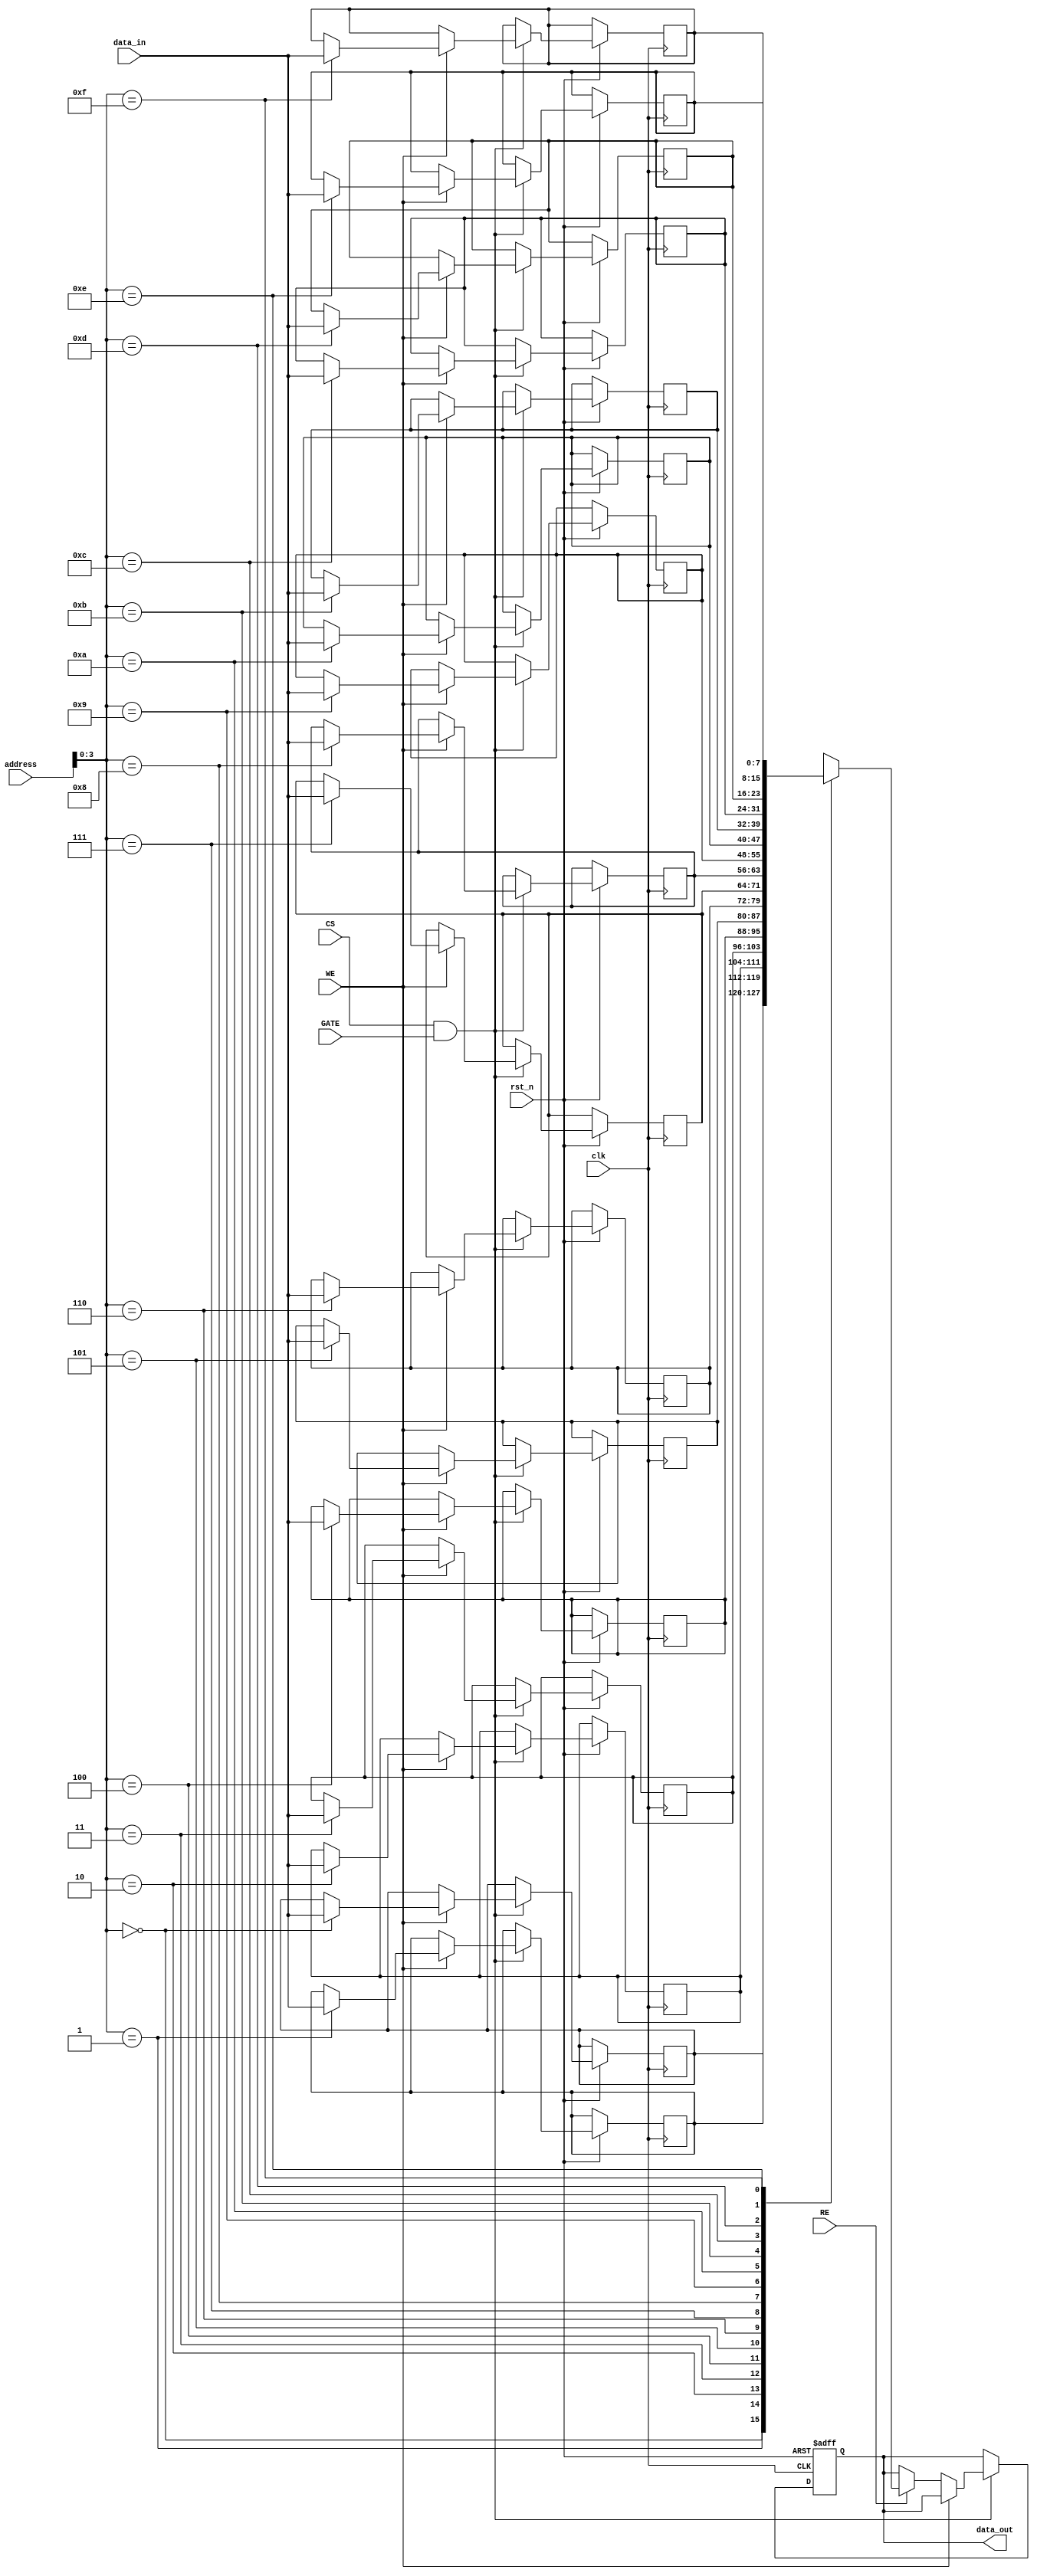
module memory_block (
    input wire clk,                // Clock signal
    input wire rst_n,              // Active low reset
    input wire [7:0] address,      // Address input (8-bit for example)
    input wire [7:0] data_in,      // Data input for write operations
    output reg [7:0] data_out,     // Data output for read operations
    input wire RE,                 // Read Enable
    input wire WE,                 // Write Enable
    input wire CS,                 // Chip Select
    input wire GATE                // Gating Signal
);

    // Memory array (16x8 bits for example)
    reg [7:0] memory [0:15];       // 16 memory cells, each 8 bits wide

    // Gating logic
    wire enable_memory;
    assign enable_memory = CS & GATE;

    // Address decoding and memory access
    always @(posedge clk or negedge rst_n) begin
        if (!rst_n) begin
            data_out <= 8'b0; // Reset data output
        end else if (enable_memory) begin
            if (WE) begin
                // Write operation
                memory[address] <= data_in;
            end else if (RE) begin
                // Read operation
                data_out <= memory[address];
            end
        end
    end

endmodule